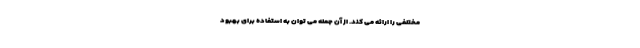
مختلفی را ارائه می کند. از آن جمله می توان به استفاده برای بهبود